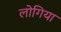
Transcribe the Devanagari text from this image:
लोगिया